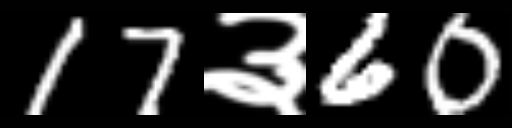
Text: 17३60